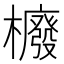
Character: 櫠